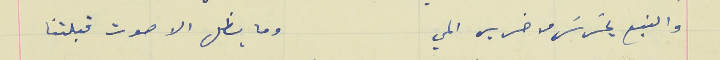
والنبع يسَرسَر من خرير المي                                       وما يظل الا صوت قبلتنا